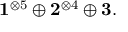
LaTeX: \mathbf { 1 } ^ { \otimes 5 } \oplus \mathbf { 2 } ^ { \otimes 4 } \oplus \mathbf { 3 } .